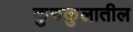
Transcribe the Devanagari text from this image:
कुरुकुलातील